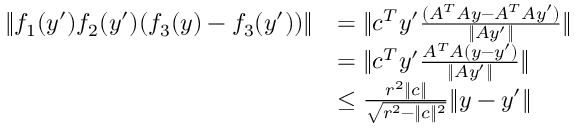
\begin{array} { r l } { \| f _ { 1 } ( y ^ { \prime } ) f _ { 2 } ( y ^ { \prime } ) ( f _ { 3 } ( y ) - f _ { 3 } ( y ^ { \prime } ) ) \| } & { = \| c ^ { T } y ^ { \prime } \frac { ( A ^ { T } A y - A ^ { T } A y ^ { \prime } ) } { \| A y ^ { \prime } \| } \| } \\ & { = \| c ^ { T } y ^ { \prime } \frac { A ^ { T } A ( y - y ^ { \prime } ) } { \| A y ^ { \prime } \| } \| } \\ & { \leq \frac { r ^ { 2 } \| c \| } { \sqrt { r ^ { 2 } - \| c \| ^ { 2 } } } \| y - y ^ { \prime } \| } \end{array}